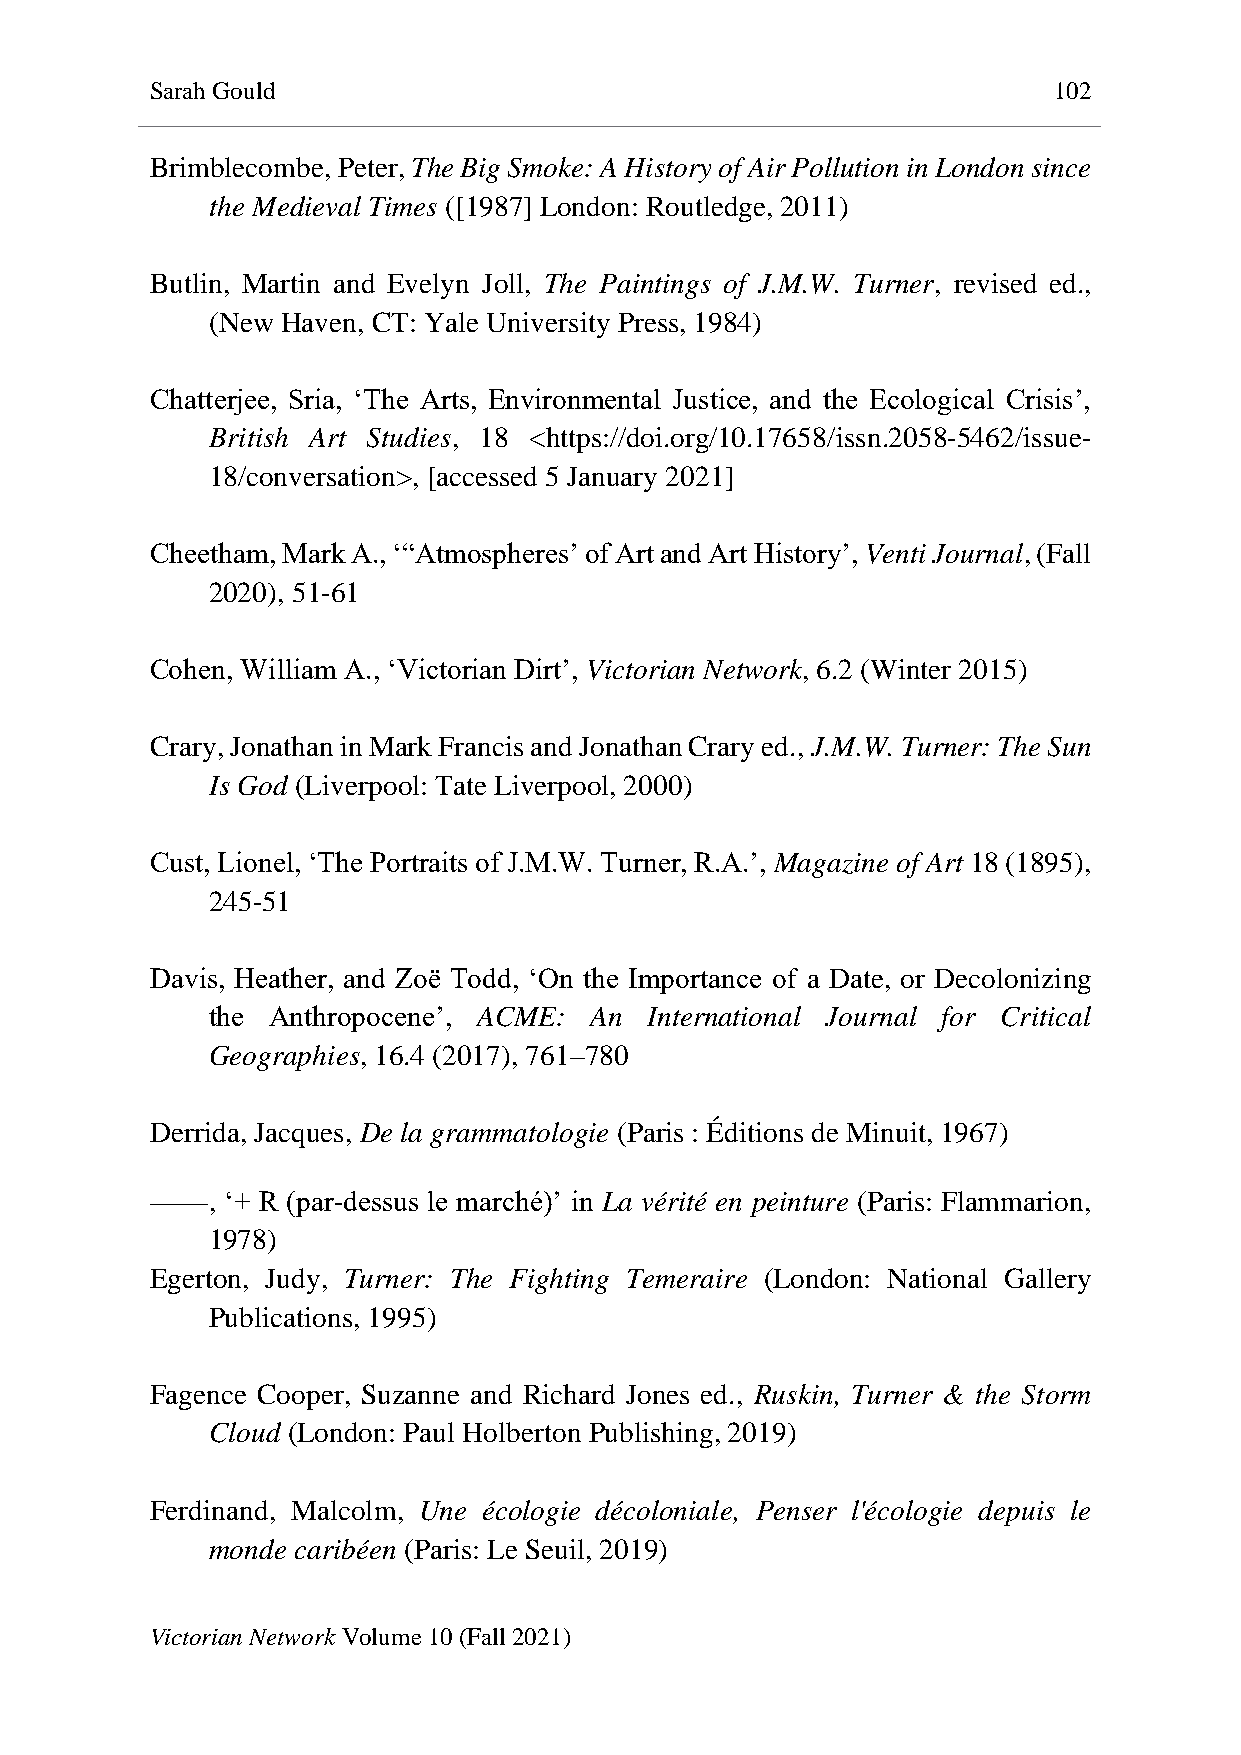
Sarah Gould                                                 102
 Brimblecombe, Peter, The Big Smoke: A History of Air Pollution in London since
 the Medieval Times ([1987] London: Routledge, 2011)
 Butlin, Martin and Evelyn Joll, The Paintings of J.M.W. Turner, revised ed.,
 (New Haven, CT: Yale University Press, 1984)
 Chatterjee, Sria, ‘The Arts, Environmental Justice, and the Ecological Crisis’,
 British Art Studies, 18 <https://doi.org/10.17658/issn.2058-5462/issue-
 18/conversation>, [accessed 5 January 2021]
 Cheetham, Mark A., ‘“Atmospheres’ of Art and Art History’, Venti Journal, (Fall
 2020), 51-61
 Cohen, William A., ‘Victorian Dirt’, Victorian Network, 6.2 (Winter 2015)
 Crary, Jonathan in Mark Francis and Jonathan Crary ed., J.M.W. Turner: The Sun
 Is God (Liverpool: Tate Liverpool, 2000)
 Cust, Lionel, ‘The Portraits of J.M.W. Turner, R.A.’, Magazine of Art 18 (1895),
 245-51
 Davis, Heather, and Zoë Todd, ‘On the Importance of a Date, or Decolonizing
 the Anthropocene’, ACME: An  International Journal for Critical
 Geographies, 16.4 (2017), 761–780
 Derrida, Jacques, De la grammatologie (Paris : Éditions de Minuit, 1967)
 ——,  ‘+ R (par-dessus le marché)’ in La vérité en peinture (Paris: Flammarion,
 1978)
 Egerton, Judy, Turner: The Fighting Temeraire (London: National Gallery
 Publications, 1995)
 Fagence Cooper, Suzanne and Richard Jones ed., Ruskin, Turner & the Storm
 Cloud (London: Paul Holberton Publishing, 2019)
 Ferdinand, Malcolm, Une écologie décoloniale, Penser l'écologie depuis le
 monde caribéen (Paris: Le Seuil, 2019)
 Victorian Network Volume 10 (Fall 2021)